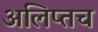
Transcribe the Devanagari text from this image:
अलिप्तच